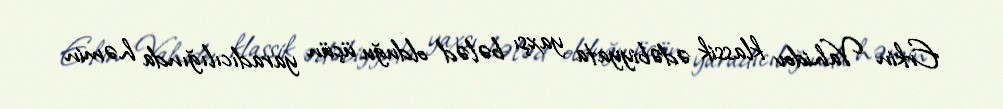
Erkin Vahidov klassik ədəbiyyata yaxşı bələd olduğu üçün yaradıcılığında həmin